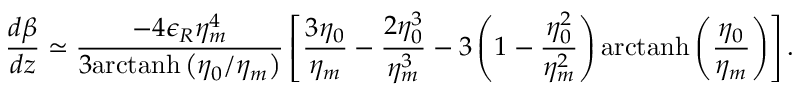
\frac { d \beta } { d z } \simeq \frac { - 4 \epsilon _ { R } \eta _ { m } ^ { 4 } } { 3 \mathrm { a r c t a n h } \left( \eta _ { 0 } / \eta _ { m } \right) } \left[ \frac { 3 \eta _ { 0 } } { \eta _ { m } } - \frac { 2 \eta _ { 0 } ^ { 3 } } { \eta _ { m } ^ { 3 } } - 3 \left( 1 - \frac { \eta _ { 0 } ^ { 2 } } { \eta _ { m } ^ { 2 } } \right) \mathrm { a r c t a n h } \left( \frac { \eta _ { 0 } } { \eta _ { m } } \right) \right] .